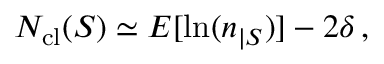
N _ { \mathrm { c l } } ( S ) \simeq E [ \ln ( n _ { | S } ) ] - 2 \delta \, ,